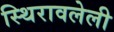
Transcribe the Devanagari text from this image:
स्थिरावलेली